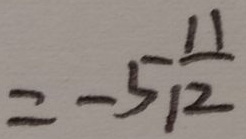
= - 5 \frac { 1 1 } { 1 2 }